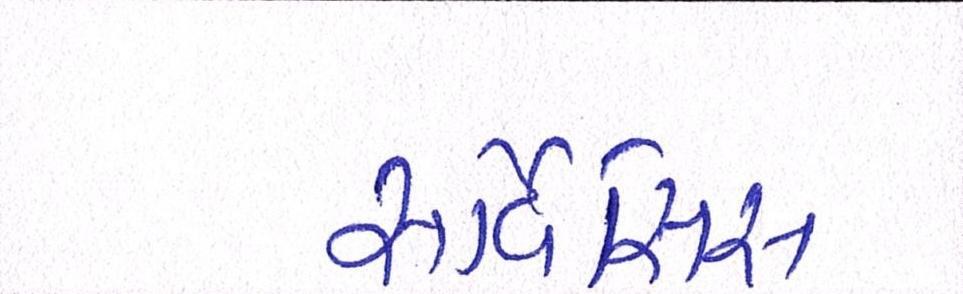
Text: સર્વિસિસ